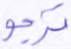
ترجو